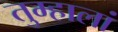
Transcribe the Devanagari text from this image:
तुम्हालां